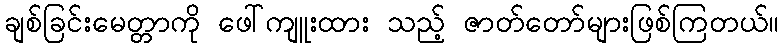
ချစ်ခြင်းမေတ္တာကို ဖေါ်ကျူးထား သည့် ဇာတ်တော်များဖြစ်ကြတယ်။